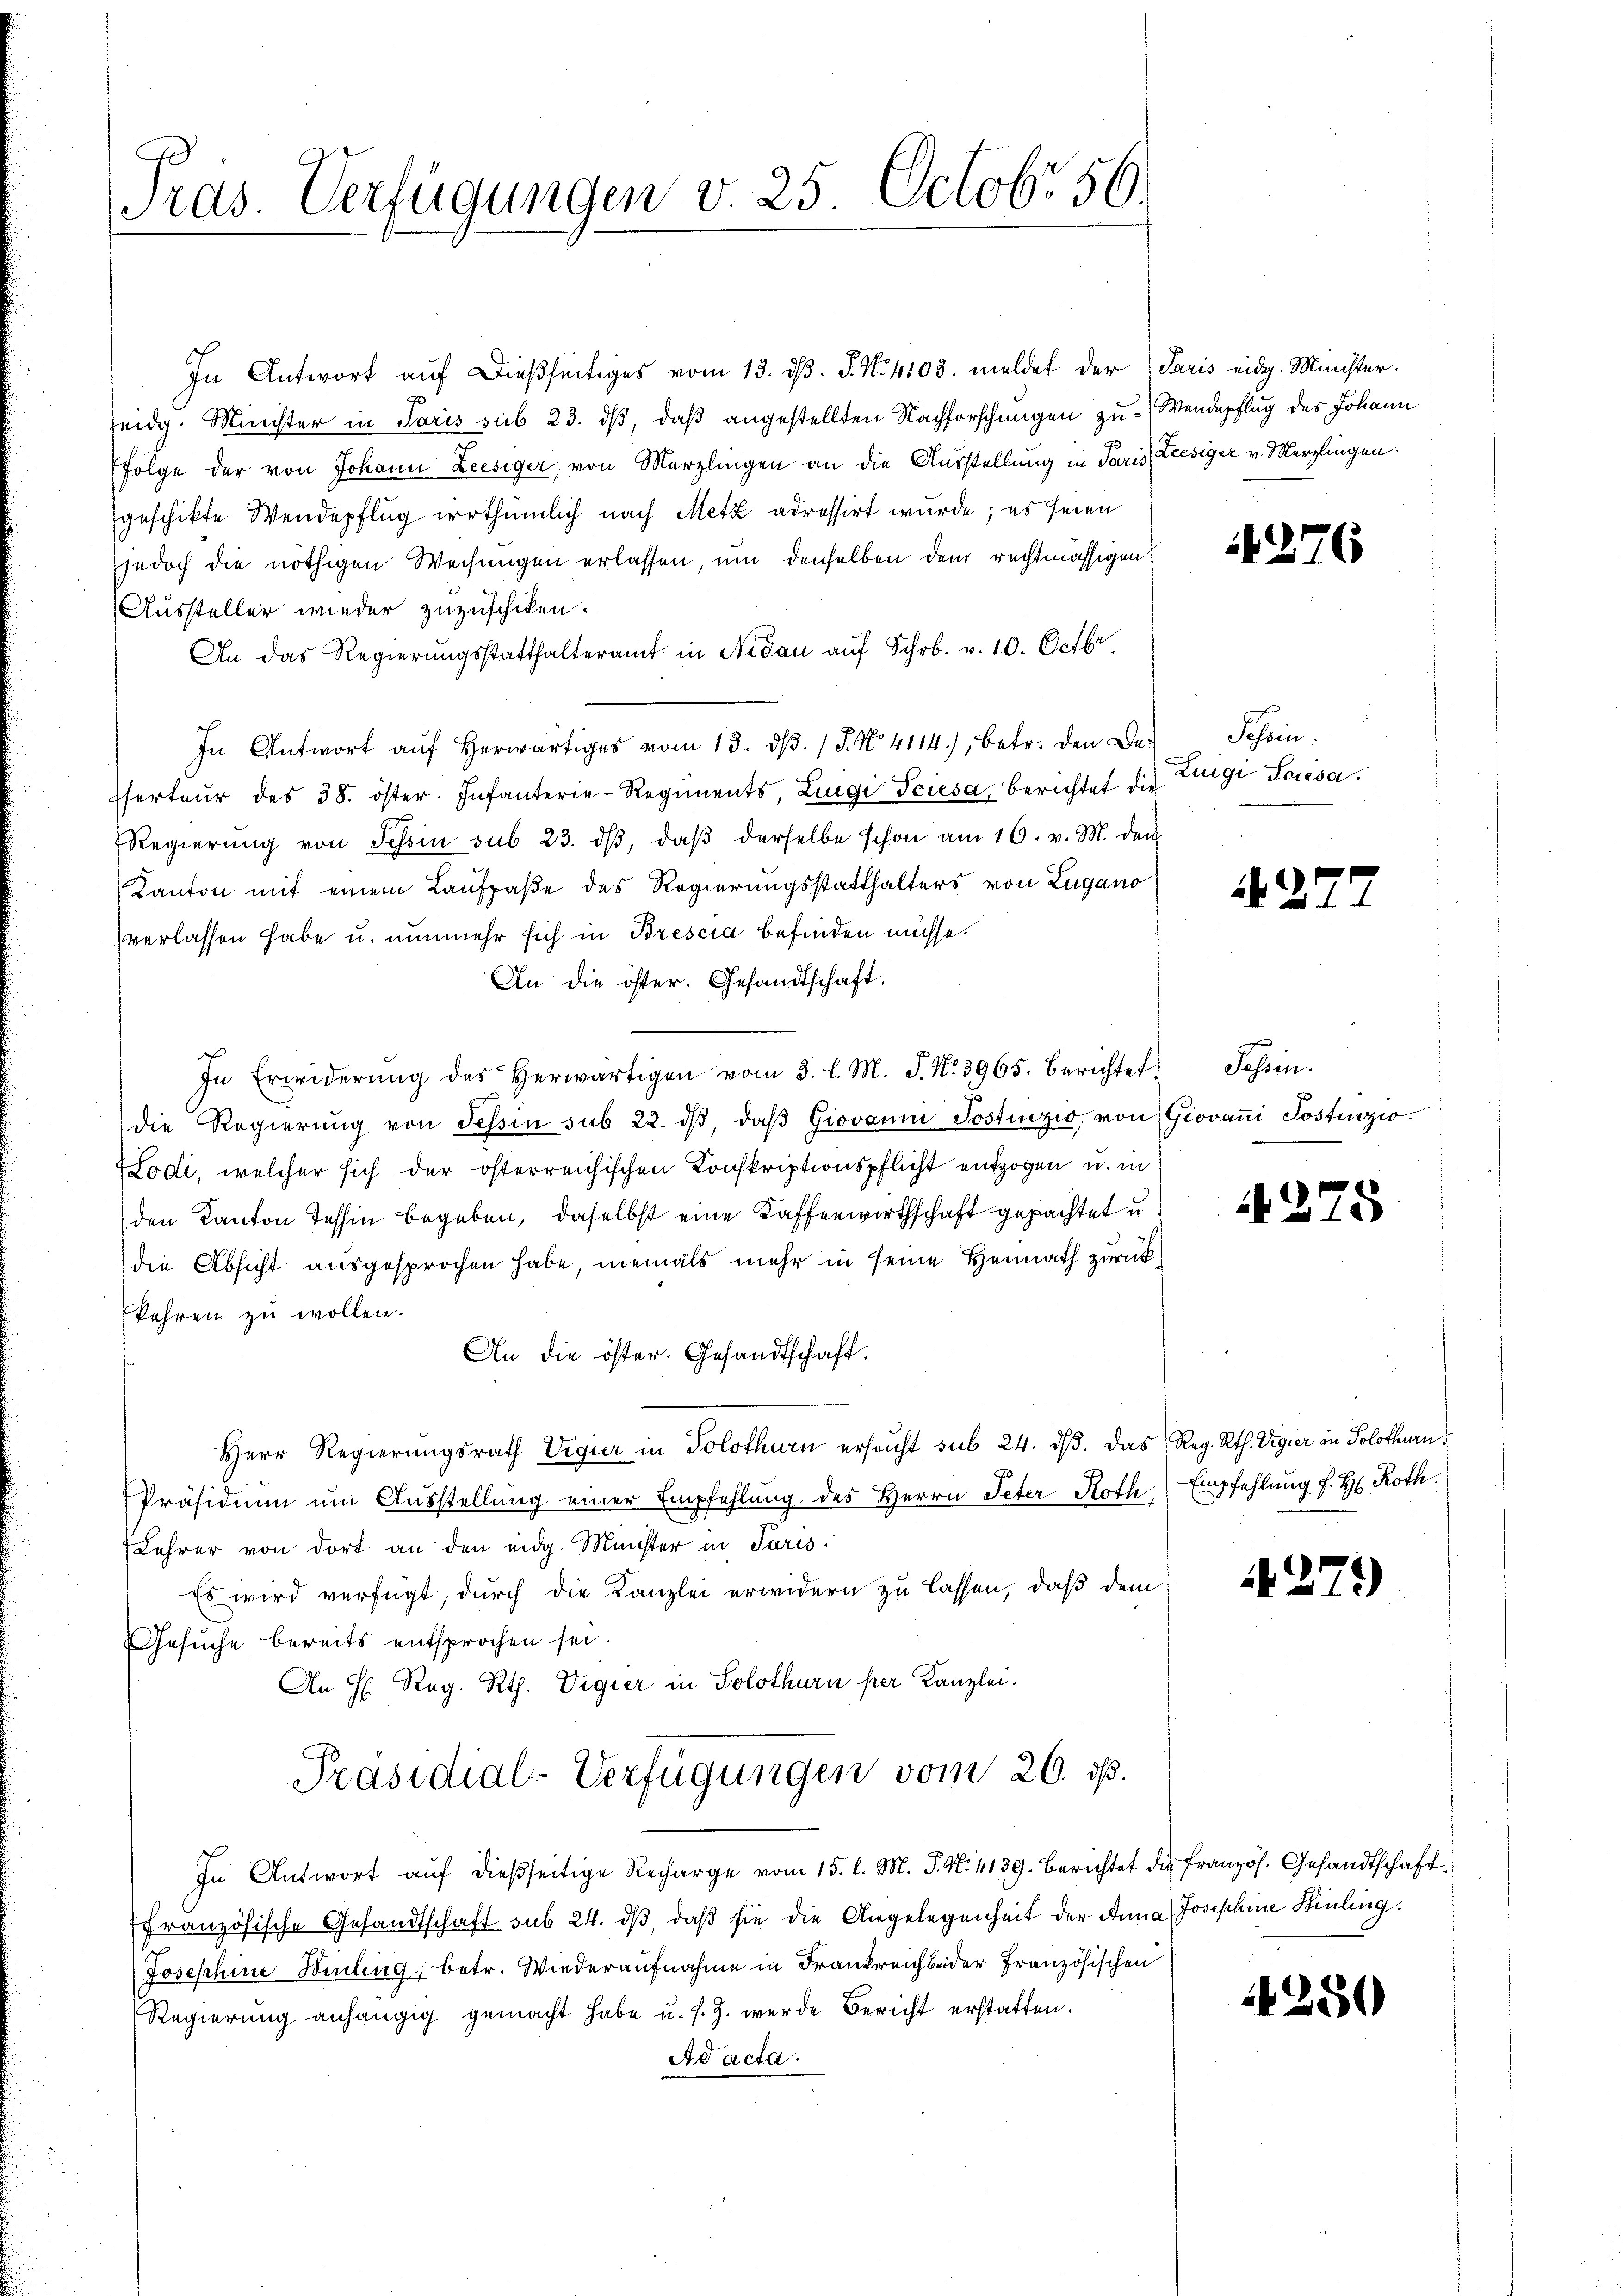
Tras. Verfügungen v. 25. Octobr 56.

In Antwort aŭf dießseitiges vom 13. dβ. J. N. 4103. meldet der Paris eidg. Minister.
eidg. Minister in Paris sub 23. ds, daß angestellten Nachforschungen zu Wendepflug des Johann
Folge der von Johann Liesiger, von Merzlingen an die Ausstellung in Paris Liesiger v. Merzlingen.
geschikte Wendepflug irrthümlich nach Metz adressirt wurde; es seien
jedoch die nöthigen Weisungen erlassen, um denselben dem rechtmässigen
Aussteller wieder zuzuschiken.
An das Regierŭngsstatthalteramt in Nidau aŭf Schr. v. 10. Octbr.
In Antwort aŭf herwärtiges vom 13. dβ. / P. No. 4114), betr. den Be¬
Eserteŭr des 38. öster. Infanterie-Regiments, Lingi Triesa, berichtet die
Regierŭng von Tessin sub 23. dβ, daβ derselbe schon am 16. v. M. dem
Kanton mit einem Laufpaße des Regierungsstatthalters von Lugano
verlassen habe u. nunmehr sich in Brescia befinden müsse.
An die öster. Gesandtschaft.
In Erwiderŭng des herwärtigen vom 3. l. M. J. No. 3965. Berichtet
die Regierŭng von Tessin sub 22. dβ, daβ Giovaŭm Postenzio, von Giovani Postenzio¬
Lodi, welcher sich der österreichischen Konskriptionspflicht entzogen u. in
den Kanton Tessin begeben, daselbst eine Kaffenwirthschaft gepachtet u
die Absicht ausgesprochen habe, niemals mehr in seine Heimath zurückkehren zu wollen.
An die öster. Gesandtschaft.
Herr Regierungsrath Vigier in Solothurn ersucht sub 24. dβ. Das Reg. Rth. Vigier in Solothurn
Präsidium um Ausstellung einer Empfehlung des Herrn Peter Roth, Empfehlung f. H. Roth.
Lehrer von dort an den eidg. Minister in Paris.
Es wird verfügt, durch die Kanzlei erwidern zu lassen, daß dem
Gesuche bereits entsprochen sei.
An H. Reg. Rth. Vigier in Solothurn per Kanzlei.
Präsidial-Verfügungen vom 26. ds.
In Antwort aŭf dießseitige Recharge vom 15. l. M. J. N. 4139. Berichtet die französ. Gesandtschaft
französische Gesandtschaft sub 24. dβ, daß sie die Angelegenheit der Anna Josephine Hinling.
Josephine Berling, betr. Wiederaufnahme in Frankreich beider Französischen
Regierŭng anhängig gemacht habe u. s. Z. werde Bericht erstatten.
Ad acta.

276

Schein.
Zuigi Seesa.

272

Tessin.

275

A271)

4250